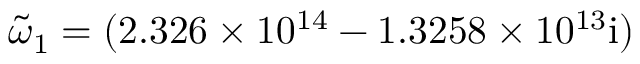
\tilde { \omega } _ { 1 } = ( 2 . 3 2 6 \times 1 0 ^ { 1 4 } - 1 . 3 2 5 8 \times 1 0 ^ { 1 3 } \mathrm { { i } ) }